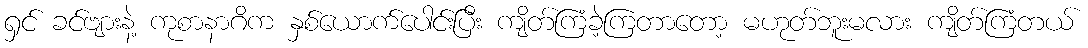
ရှင် ခင်ဗျားနဲ့ ကုစာနာဂိက နှစ်ယောက်ပေါင်းပြီး ကျိတ်ကြံခဲ့ကြတာတော့ မဟုတ်ဘူးမလား ကျိတ်ကြံတယ်